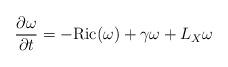
LaTeX: \begin{align*}\frac{\partial \omega}{\partial t}=-{\rm Ric}(\omega)+\gamma \omega+L_X \omega\end{align*}